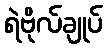
ရဲဗိုလ်ချုပ်